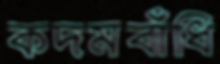
কদমবাঁধি